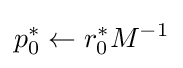
p_{0}^{*}\leftarrow r_{0}^{*}M^{-1}